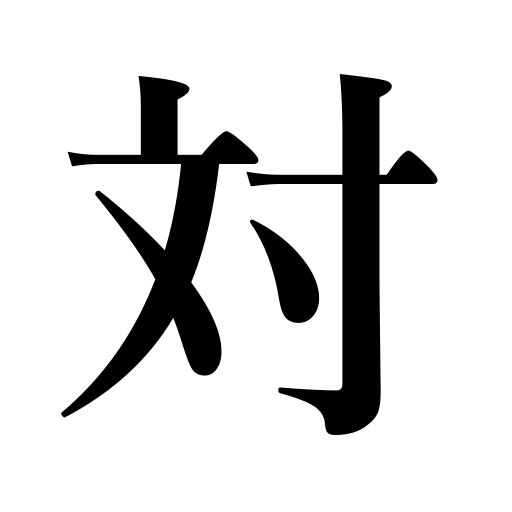
Meanings: equal,score of three to one,even,antonym,pair,versus,the opposite,counter,couple,anti,set